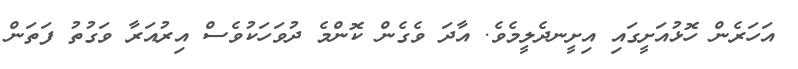
އަހަރެން ހޮޅުއަށީގައި އިށީނދެލީމެވެ. އާދަ ވެގެން ކޮންމެ ދުވަހަކުވެސް އިރުއަރާ ވަގުތު ފަތަން